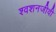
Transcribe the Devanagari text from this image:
श्वशनजीवी